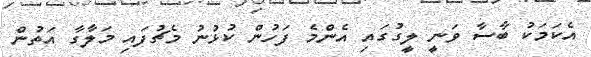
އެކަމަކު ބާސާ ވަނީ ލީގުގައި އެންމެ ފަހުން ކުޅުނު މެޗުފައި މަލާގާ އަތުން